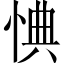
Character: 㥏